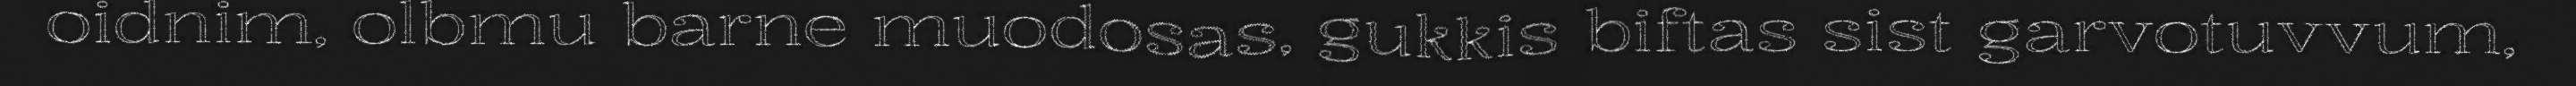
oidnim, olbmu barne muodosas, gukkis biftas sist garvotuvvum,